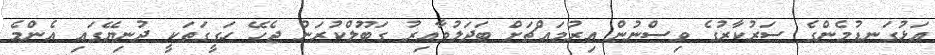
އަޅުގަނޑުމެންގެ ސަރުކާރުގެ ވިސްނުން އިރުމައްޗަށް ބަދަލުވާއިރު ގަބޫލްކުރަން ޖެހޭ ހަގީގަތަކީ ދުނިޔޭގައި އެންމެ